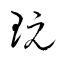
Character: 玩